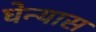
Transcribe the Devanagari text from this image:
घेन्यास